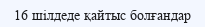
16 шілдеде қайтыс болғандар